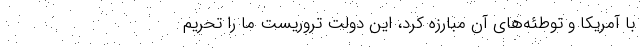
با آمریکا و توطئه‌های آن مبارزه کرد، این دولت تروریست ما را تحریم